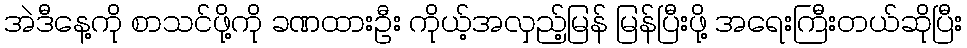
အဲဒီနေ့ကို စာသင်ဖို့ကို ခဏထားဦး ကိုယ့်အလှည့်မြန် မြန်ပြီးဖို့ အရေးကြီးတယ်ဆိုပြီး